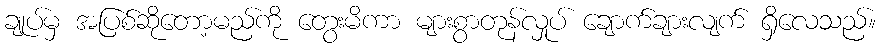
ချုပ်မှ အပြစ်ဆိုတော့မည်ကို တွေးမိကာ များစွာတုန်လှုပ် ချောက်ချားလျက် ရှိလေသည်။